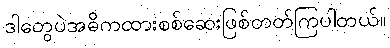
ဒါတွေပဲအဓိကထားစစ်ဆေးဖြစ်တတ်ကြပါတယ်။